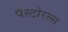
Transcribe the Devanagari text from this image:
पैस्टोरल्स